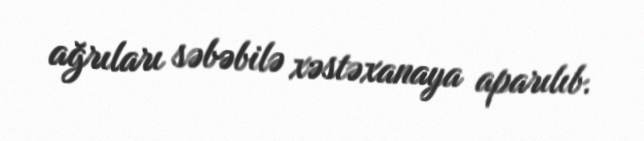
ağrıları səbəbilə xəstəxanaya aparılıb.